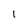
Character: 1